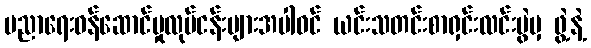
ပညာရေးဝန်ဆောင်မှုလုပ်ငန်းများအပါဝင် ယင်းသတင်းစာရှင်းလင်းပွဲမှ ဖွဲ့နဲ့